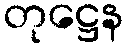
တုဋ္ဌေန